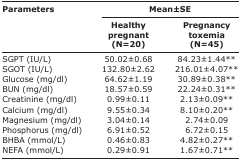
| <ROWSPAN=3> Parameters | <COLSPAN=2> Mean±SE |
 | Healthy pregnant (N=20) | Pregnancy toxemia (N=45) |
 | --- | --- | --- |
 | SGPT (IU/L) | 50.02±0.68 | 84.23±1.44** |
 | SGOT (IU/L) | 132.80±2.62 | 216.01±4.07** |
 | Glucose (mg/dl) | 64.62±1.19 | 30.89±0.38** |
 | BUN (mg/dl) | 18.57±0.59 | 22.24±0.31** |
 | Creatinine (mg/dl) | 0.99±0.11 | 2.13±0.09** |
 | Calcium (mg/dl) | 9.55±0.34 | 8.10±0.20** |
 | Magnesium (mg/dl) | 3.04±0.14 | 2.74±0.09 |
 | Phosphorus (mg/dl) | 6.91±0.52 | 6.72±0.15 |
 | BHBA (mmol/L) | 0.46±0.83 | 4.82±0.27** |
 | NEFA (mmol/L) | 0.29±0.91 | 1.67±0.71** |